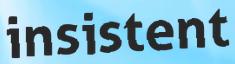
insistent